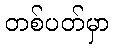
တစ်ပတ်မှာ